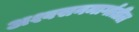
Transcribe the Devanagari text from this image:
अश्वसनमार्गातील